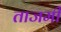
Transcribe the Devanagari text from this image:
ताजमी